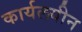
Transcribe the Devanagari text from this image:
कार्यलयीन